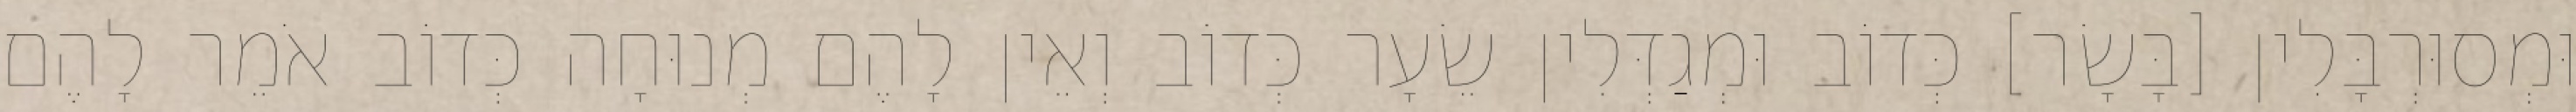
וּמְסוּרְבָּלִין [בָּשָׂר] כְּדוֹב וּמְגַדְּלִין שֵׂעָר כְּדוֹב וְאֵין לָהֶם מְנוּחָה כְּדוֹב אֹמֵר לָהֶם